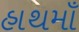
હાથમાઁ